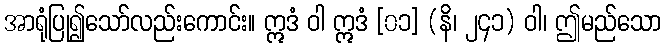
အာရုံပြု၍သော်လည်းကောင်း။ ဣဒံ ဝါ ဣဒံ [၀၁] (နိ၊ ၂၄၁) ဝါ၊ ဤမည်သော